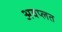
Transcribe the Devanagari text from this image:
अवप्लत